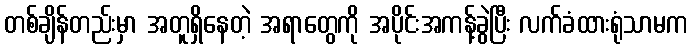
တစ်ချိန်တည်းမှာ အတူရှိနေတဲ့ အရာတွေကို အပိုင်းအကန့်ခွဲပြီး လက်ခံထားရုံသာမက